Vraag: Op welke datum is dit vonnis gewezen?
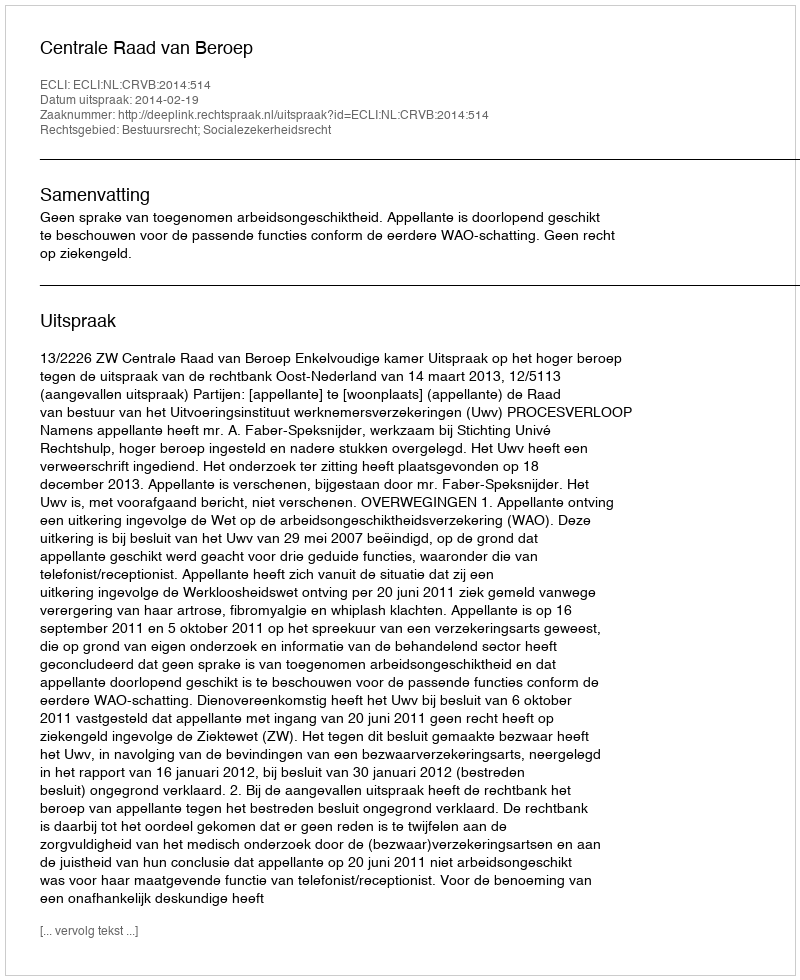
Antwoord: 2014-02-19